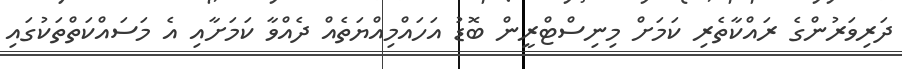
ދަރިވަރުންގެ ރައްކާތެރި ކަމަށް މިނިސްޓްރީން ބޮޑު އަހައްމިއްޔަތެއް ދެއްވާ ކަމަށާއި އެ މަސައްކަތްތަކުގައި